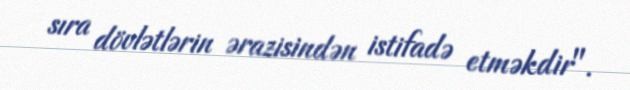
sıra dövlətlərin ərazisindən istifadə etməkdir".